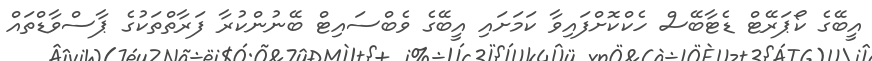
އީބޭގެ ކޯޕަރޭޓް ޑެޓާބޭސް ހެކްކޮށްފައިވާ ކަމަށައި އީބޭގެ ވެބްސައިޓް ބޭނުންކުރާ ފަރާތްތަކުގެ ޕާސްވާޑްތައް